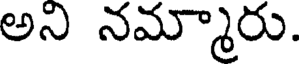
అని నమ్మారు.